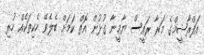
އަފްރާޝީމްގެ މަރާ ރައީސް ޔާމީނާ ގުޅުން އޮތް ކަމަށް ބެލެވޭ ހެކިތަކެއް ހުރި